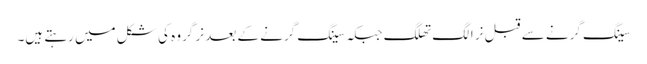
سینگ گرنے سے قبل نر الگ تھلگ جبکہ سینگ گرنے کے بعد نر گروہ کی شکل میں رہتے ہیں۔